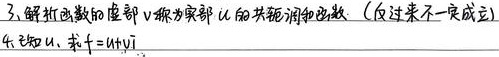
3. 解析函数的虚部 \(v\) 为实部 \(u\) 的共轭调和函数（反过来不一定成立）。
4. 已知 \(u\)，求 \(f = u+vi\)。